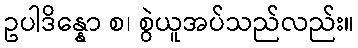
ဥပါဒိန္နော စ၊ စွဲယူအပ်သည်လည်း။